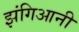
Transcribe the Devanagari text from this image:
झंगिआनी